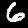
Digit: 6